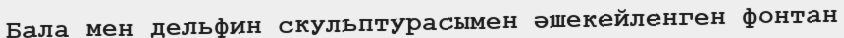
Бала мен дельфин скульптурасымен әшекейленген фонтан